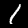
Digit: 1